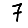
Digit: 7